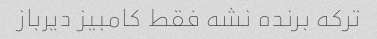
ترکه برنده نشه فقط کامبیز دیرباز